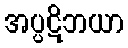
အပ္ပဋိဘယာ